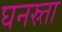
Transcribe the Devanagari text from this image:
घनस्र्ता